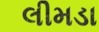
લીમડા